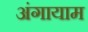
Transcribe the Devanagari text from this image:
अंगायाम